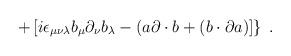
LaTeX: \begin{align*}\left. +\, [ i \epsilon_{\mu\nu\lambda} b_\mu \partial_\nu b_\lambda - (a \partial \cdot b + (b \cdot \partial a)] \right\}\;.\end{align*}